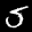
Label: 5